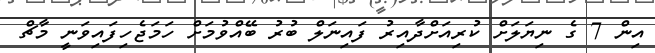
އިން 7 ގެ ނިޔަލަށް ކުރިއަށްދާއިރު ފައިނަލް ބުރު ބޭއްވުމަށް ހަމަޖެހިފައިވަނީ މާޗް